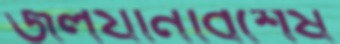
জলযানবিশেষ